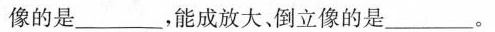
像的是_______，能成放大，倒立像的是______。